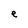
Character: e